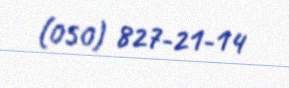
(050) 827-21-14